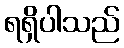
ရရှိပါသည်